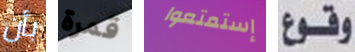
بأن قمرة إستمتعوا وقوع